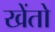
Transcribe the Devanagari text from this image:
खेंतो